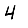
Digit: 4